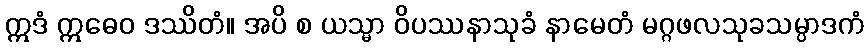
ဣဒံ ဣဓေဝ ဒဿိတံ။ အပိ စ ယသ္မာ ဝိပဿနာသုခံ နာမေတံ မဂ္ဂဖလသုခသမ္ပာဒကံ